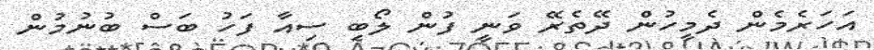
އަހަރެމެން ދެމީހުން ދޭތެރޭ ވަނީ ފުން ލޯބި ސިއާ ފަހު ބަސް ބުނުމުން